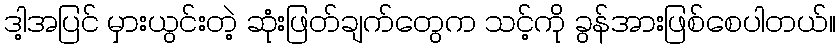
ဒါ့အပြင် မှားယွင်းတဲ့ ဆုံးဖြတ်ချက်တွေက သင့်ကို ခွန်အားဖြစ်စေပါတယ်။